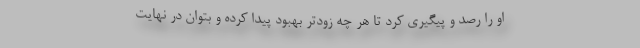
او را رصد و پیگیری کرد تا هر چه زودتر بهبود پیدا کرده و بتوان در نهایت